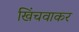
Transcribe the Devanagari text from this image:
खिंचवाकर